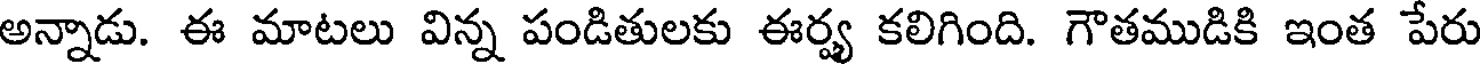
అన్నాడు. ఈ మాటలు విన్న పండితులకు ఈర్య కలిగింది. గౌతముడికి ఇంత పేరు